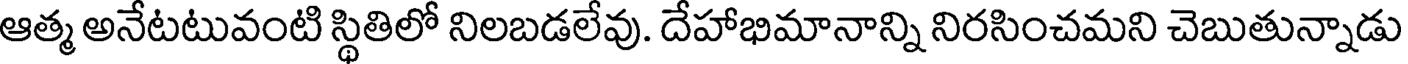
ఆత్మ అనేటటువంటి స్థితిలో నిలబడలేవు. దేహాభిమానాన్ని నిరసించమని చెబుతున్నాడు